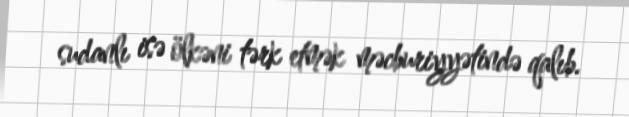
sudanlı isə ölkəni tərk etmək məcburiyyətində qalıb.